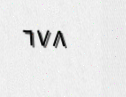
٦٧٨